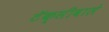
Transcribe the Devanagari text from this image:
टॅक्सीवाले